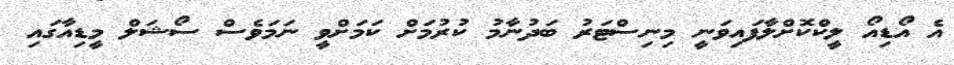
އެ އޯޑިއޯ ލީކްކޮށްލާފައިވަނީ މިނިސްޓަރު ބަދުނާމު ކުރުމަށް ކަމަށްވީ ނަމަވެސް ސޯޝަލް މީޑިއާގައި